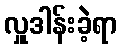
လှူဒါန်းခဲ့ရာ